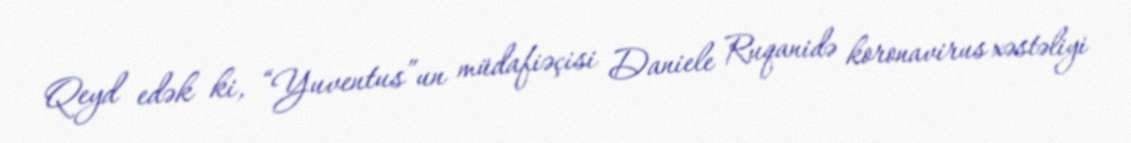
Qeyd edək ki, “Yuventus”un müdafiəçisi Daniele Ruqanidə koronavirus xəstəliyi